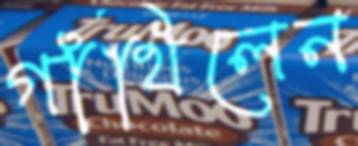
গাঁথিলেন